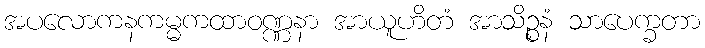
အပလောကနကမ္မကထာဝဏ္ဏနာ အာယူဟိတံ အာသိဉ္စနံ သာပေက္ခတာ